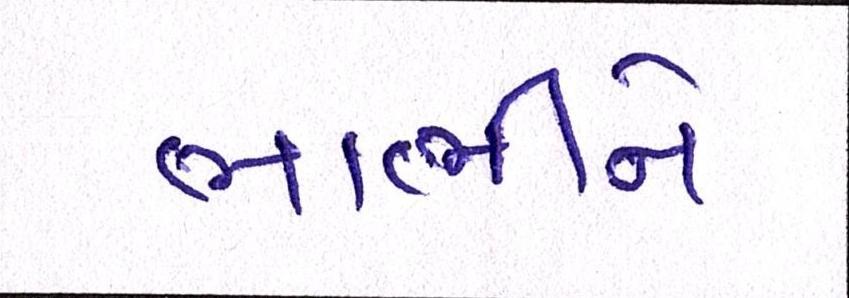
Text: ભાભીને